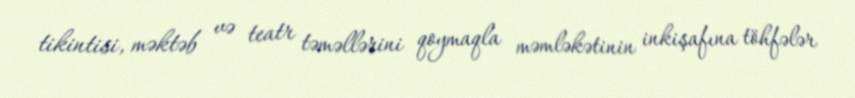
tikintisi, məktəb və teatr təməllərini qoymaqla məmləkətinin inkişafına töhfələr